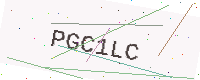
Text: PGC1LC